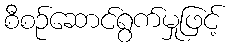
စီစဉ်ဆောင်ရွက်မှုဖြင့်